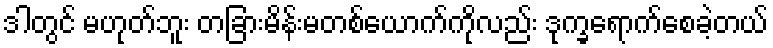
ဒါတွင် မဟုတ်ဘူး တခြားမိန်းမတစ်ယောက်ကိုလည်း ဒုက္ခရောက်စေခဲ့တယ်